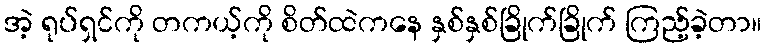
အဲ့ ရုပ်ရှင်ကို တကယ့်ကို စိတ်ထဲကနေ နှစ်နှစ်ခြိုက်ခြိုက် ကြည့်ခဲ့တာ။